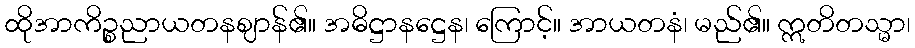
ထိုအာကိဉ္စညာယတနဈာန်၏။ အဓိဋ္ဌာနဋ္ဌေန၊ ကြောင့်။ အာယတနံ၊ မည်၏။ ဣတိတသ္မာ၊